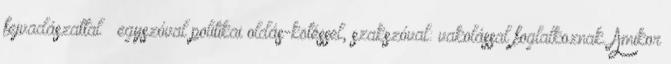
fejva­dá­szattal – egyszóval politi­ka­i oldás-kötéssel, szakszóval: vakolással foglalkoznak. Amikor